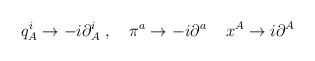
LaTeX: \begin{align*}q_A^i\rightarrow -i\partial _A^i\ ,\quad \pi ^a\rightarrow -i\partial ^a\,\quad x^A\rightarrow i\partial ^A\end{align*}